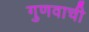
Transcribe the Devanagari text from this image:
गुणवाची